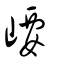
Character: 崾